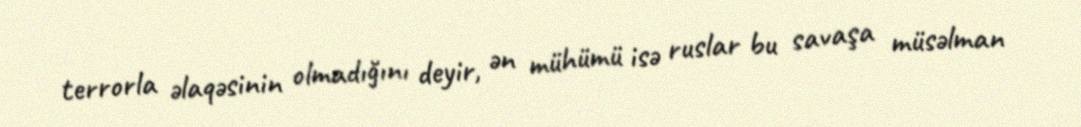
terrorla əlaqəsinin olmadığını deyir, ən mühümü isə ruslar bu savaşa müsəlman